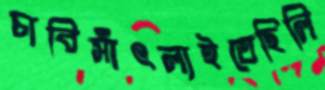
চাবিসাঁৎলাইতেছিলি